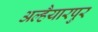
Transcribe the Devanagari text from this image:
अल्हैयारपुर